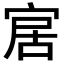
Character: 𡨢